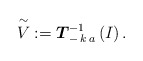
\begin{align*}\overset{\sim}{V} := \boldsymbol{T}_{- \, k \, a}^{-1}\left( I \right).\end{align*}